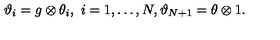
\vartheta _ { i } = g \otimes \theta _ { i } , \ i = 1 , \dots , N , \vartheta _ { N + 1 } = \theta \otimes 1 .